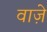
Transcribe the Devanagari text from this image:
वाजे़